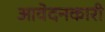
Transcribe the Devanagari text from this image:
आवेदनकारी